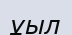
ұыл